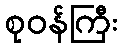
စုဝန်ကြီး